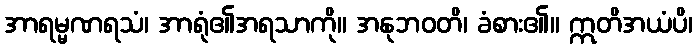
အာရမ္မဏရသံ၊ အာရုံ၏အရသာကို။ အနုဘဝတိ၊ ခံစား၏။ ဣတိအယံပိ၊